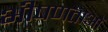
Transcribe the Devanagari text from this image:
भीषणताओं